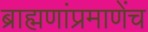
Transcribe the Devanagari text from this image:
ब्राह्मणांप्रमाणेंच